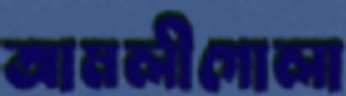
আমলীগোলা